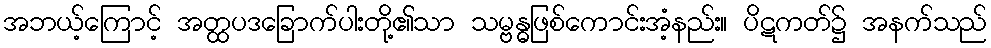
အဘယ့်ကြောင့် အတ္ထပဒခြောက်ပါးတို့၏သာ သမ္ဗန္ဓဖြစ်ကောင်းအံ့နည်း။ ပိဋကတ်၌ အနက်သည်